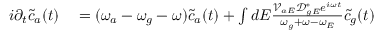
\begin{array} { r l } { i \partial _ { t } \tilde { c } _ { a } ( t ) } & { { } = ( \omega _ { a } - \omega _ { g } - \omega ) \tilde { c } _ { a } ( t ) + \int { d E \frac { \mathcal { V } _ { a E } \mathcal { D } _ { g E } ^ { * } e ^ { i \omega t } } { \omega _ { g } + \omega - \omega _ { E } } \tilde { c } _ { g } ( t ) } } \end{array}